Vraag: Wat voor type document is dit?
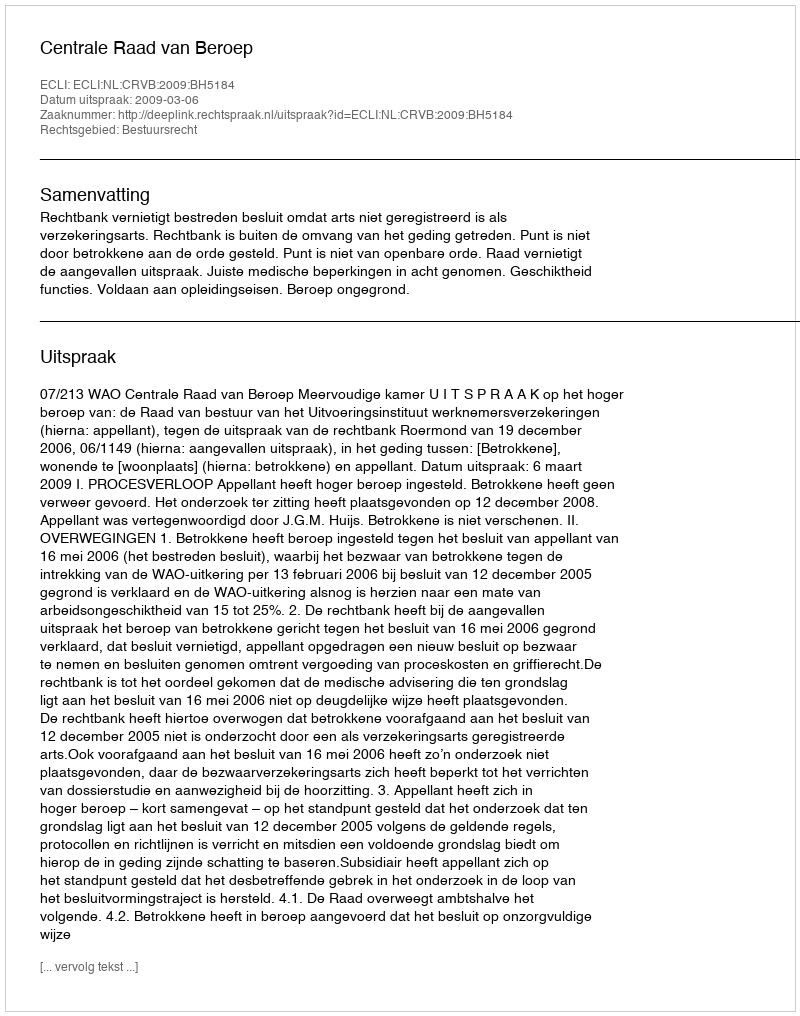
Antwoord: Uitspraak